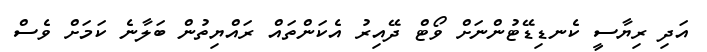
އަދި ރިޔާސީ ކެނޑިޑޭޓުންނަށް ވޯޓް ދޭއިރު އެކަންތައް ރައްޔިތުން ބަލާނެ ކަމަށް ވެސް